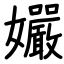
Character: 孍